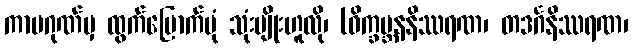
ကာမဂုဏ်မှ ထွက်မြောက်ပုံ သုံးမျိုးဟူလို၊ (ဝိက္ခမ္ဘနနိဿရဏ၊ တဒင်္ဂနိဿရဏ၊